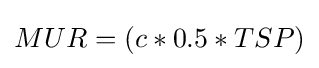
MUR=\left(c*0.5*TSP\right)